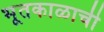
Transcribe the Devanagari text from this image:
भूतकाळाची